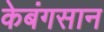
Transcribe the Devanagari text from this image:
केबंगसान